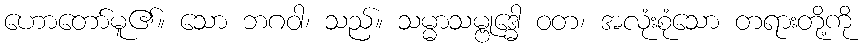
ဟောတော်မူ၏။ သော ဘဂဝါ၊ သည်။ သမ္မာသမ္ဗုဒ္ဓေါ ဝတ၊ အလုံးစုံသော တရားတို့ကို